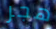
هجر